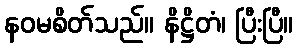
နဝမစိတ်သည်။ နိဋ္ဌိတံ၊ ပြီးပြီ။